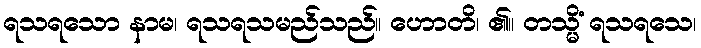
ရသရသော နာမ၊ ရသရသမည်သည်။ ဟောတိ၊ ၏။ တသ္မိံ ရသရသေ၊